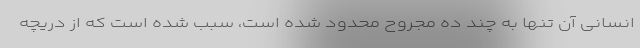
انسانی آن تنها به چند ده مجروح محدود شده است، سبب شده است که از دریچه